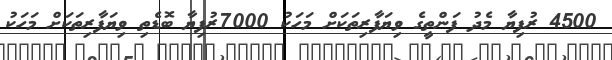
4500 ރުފިޔާ މެދު ފަންތީގެ ވިޔަފާރިތަކަށް މަހަކު 7000ރުފިޔާ ބޮޑެތި ވިޔަފާރިތަކަށް މަހަކު